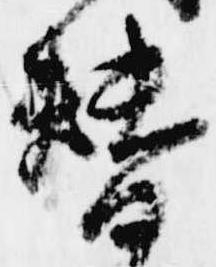
替